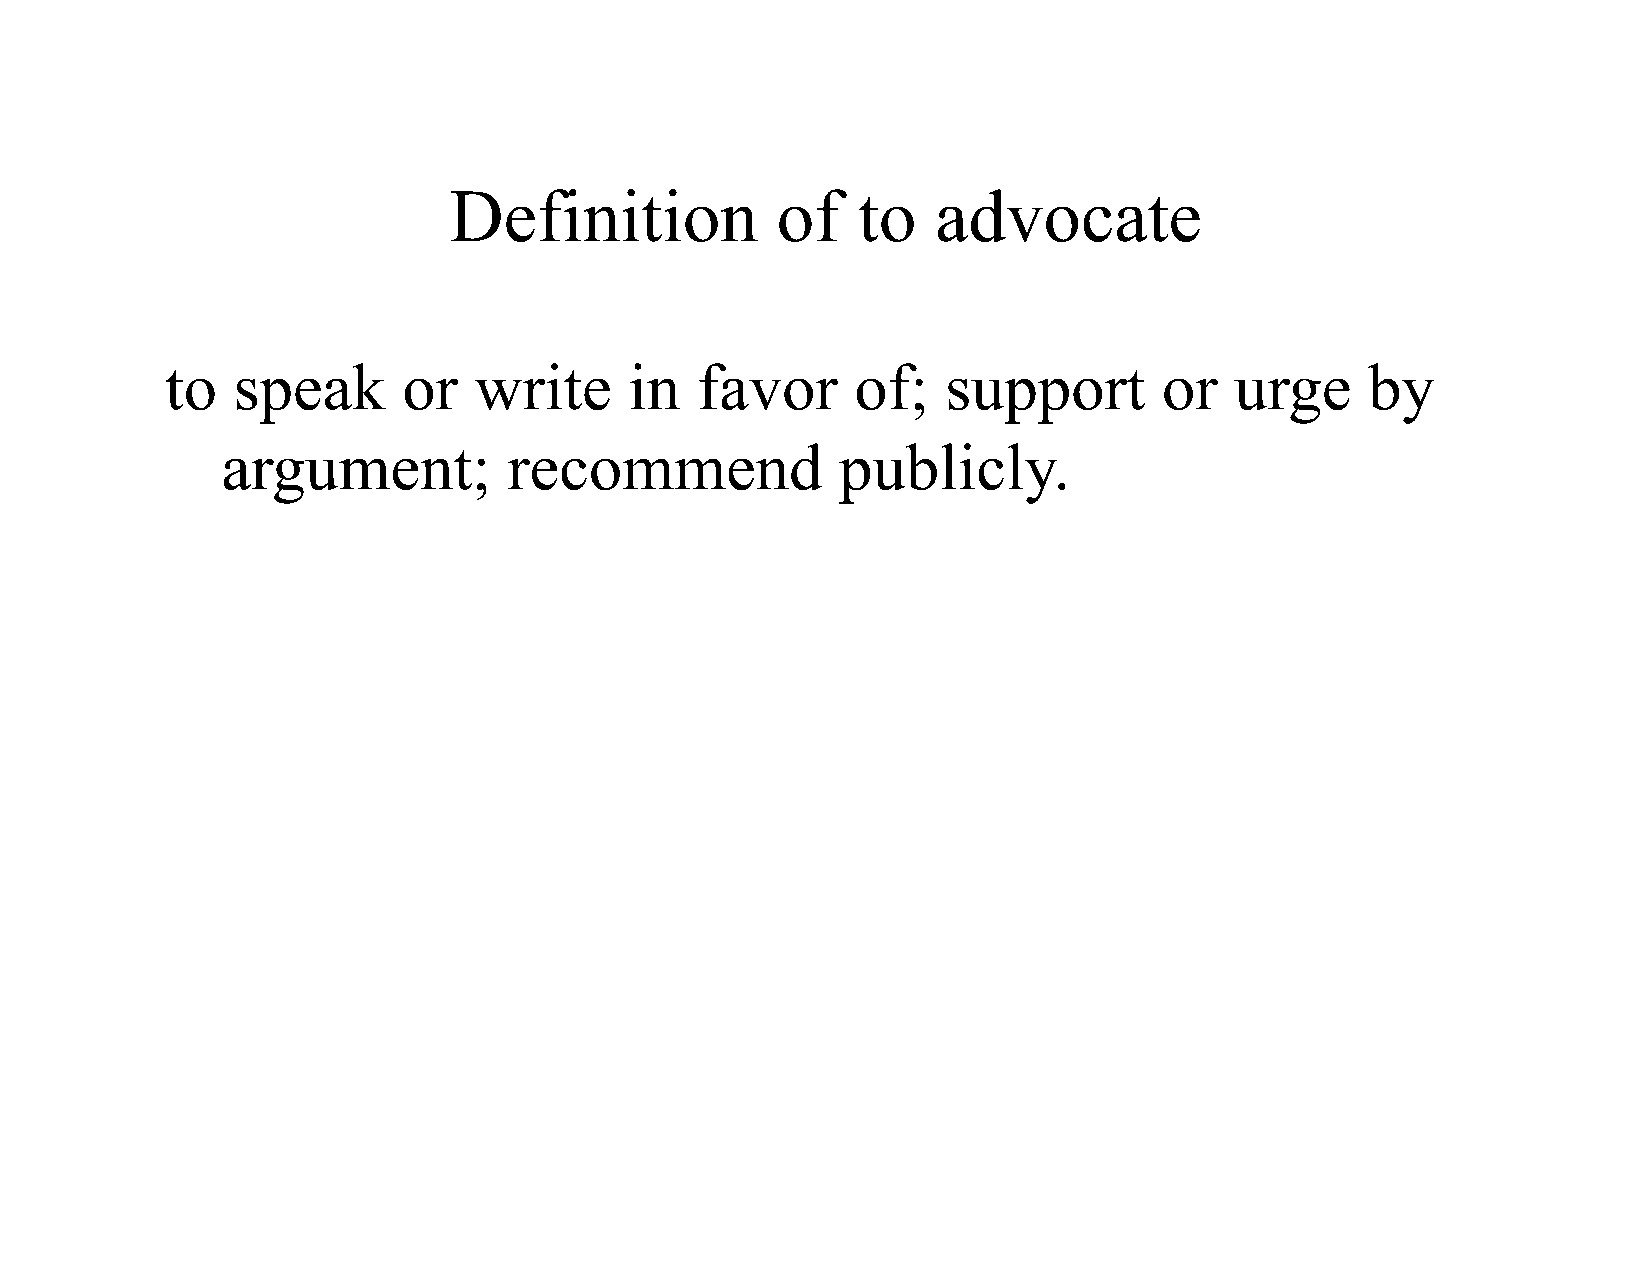
Definition           of    to   advocate
 to  speak       or  write      in  favor      of;   support       or   urge     by
 argument;          recommend             publicly.